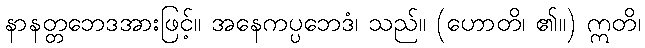
နာနတ္တဘေဒအားဖြင့်။ အနေကပ္ပဘေဒံ၊ သည်။ (ဟောတိ၊ ၏။) ဣတိ၊